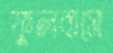
ফুলবাসে